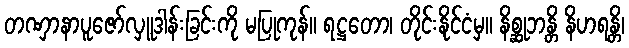
တဏှာနာပူဇော်လှူဒါန်းခြင်းကို မပြုကုန်။ ရဋ္ဌတော၊ တိုင်းနိုင်ငံမှ။ နိစ္ဆုဘန္တိ နိဟရန္တိ၊